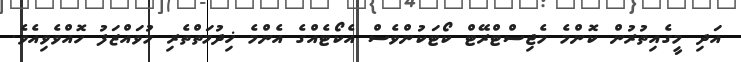
އަދި މީގެއިތުރުން ކޮންމެ މެޖިސްޓްރޭޓް ކޯޓަކުންވެސް އެކޯޓެއްގެ އެންމެ ޚިދުމަތްތެރި މުވައްޒަފު ހޮއްވެވިއެވެ.